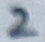
Text: 2